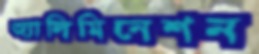
অ্যালিমিনেশন